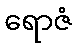
ရောဇံ